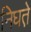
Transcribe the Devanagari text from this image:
निघत़े